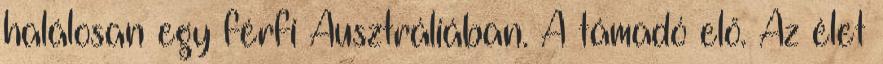
halálosan egy férfi Ausztráliában. A támadó elő. Az élet